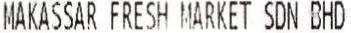
MAKASSAR FRESH MARKET SDN BHD